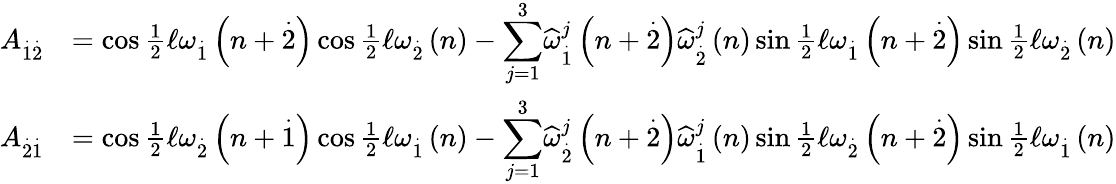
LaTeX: \begin{array}{rl}{A_{\overset{.}{1}\overset{.}{2}}}&{=\cos\frac{1}{2}\mathcal{\ell}\omega_{\overset{.}{1}}\left(n+\overset{.}{2}\right)\cos\frac{1}{2}\mathcal{\ell}\omega_{\overset{.}{2}}\left(n\right)-{\displaystyle\sum_{j=1}^{3}}\widehat{\omega}_{\overset{.}{1}}^{j}\left(n+\overset{.}{2}\right)\widehat{\omega}_{\overset{.}{2}}^{j}\left(n\right)\sin\frac{1}{2}\mathcal{\ell}\omega_{\overset{.}{1}}\left(n+\overset{.}{2}\right)\sin\frac{1}{2}\mathcal{\ell}\omega_{\overset{.}{2}}\left(n\right)}\\ {A_{\overset{.}{2}\overset{.}{1}}}&{=\cos\frac{1}{2}\mathcal{\ell}\omega_{\overset{.}{2}}\left(n+\overset{.}{1}\right)\cos\frac{1}{2}\mathcal{\ell}\omega_{\overset{.}{1}}\left(n\right)-{\displaystyle\sum_{j=1}^{3}}\widehat{\omega}_{\overset{.}{2}}^{j}\left(n+\overset{.}{2}\right)\widehat{\omega}_{\overset{.}{1}}^{j}\left(n\right)\sin\frac{1}{2}\mathcal{\ell}\omega_{\overset{.}{2}}\left(n+\overset{.}{2}\right)\sin\frac{1}{2}\mathcal{\ell}\omega_{\overset{.}{1}}\left(n\right)}\end{array}